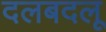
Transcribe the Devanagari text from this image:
दलबदलू